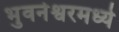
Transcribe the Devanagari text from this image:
भुवनेश्वरमध्ये